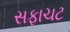
સફાચટ